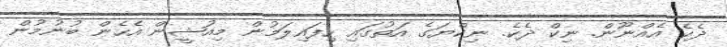
ދެކެ އެއްނޫން. ނިކް ދެކެ. ނިކްޔަގެ އަތުގައި ހިފައިލަމުން މިއުޝީން އެހެން ބުނުމުން